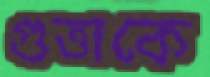
গুত্তাকে